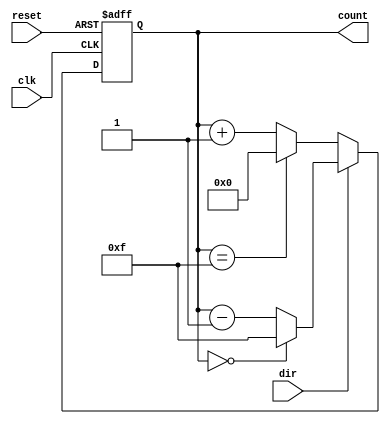
module counter_4bit_upxdown( clk,reset,dir,count);
   input clk,reset,dir;
   output reg [3:0] count=0;
    
    always@(posedge (clk) or posedge(reset))
    begin
        if (reset==1)
            count<=0;
        else
            if (dir==0)
                if (count==15)
                    count<=0;
                else
                    count<=count+1;
            else
                if (count==0)
                    count<=15;
                else
                    count<=count-1;                                 
    end
endmodule